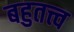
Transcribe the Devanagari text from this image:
बहुतत्त्व